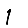
Digit: 1